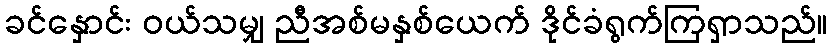
ခင်နှောင်း ဝယ်သမျှ ညီအစ်မနှစ်ယေက် ဒိုင်ခံရွက်ကြရှာသည်။